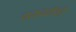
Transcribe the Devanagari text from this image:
समयमेंभी